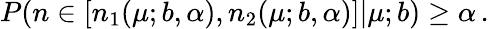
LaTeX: P(n\in[n_{1}(\mu;b,\alpha),n_{2}(\mu;b,\alpha)]|\mu;b)\geq\alpha\, .